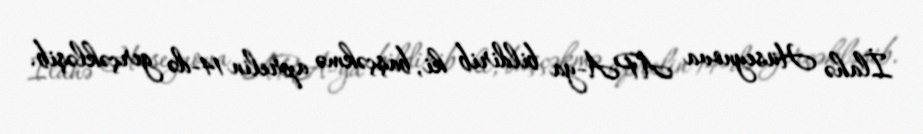
İlahə Hüseynova APA-ya bildirib ki, başçəkmə aprelin 14-də gerçəkləşib.